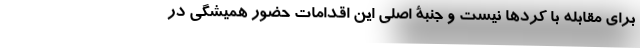
برای مقابله با کرد‌ها نیست و جنبة اصلی این اقدامات حضور همیشگی در